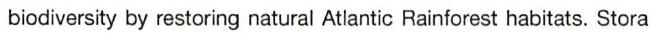
biodiversity by restoring natural Atlantic Rainforest habitats. Stora